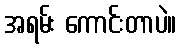
အရမ်း ကောင်းတာပဲ။